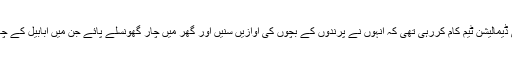
گھر کو گرانے کے لیے کسانوں کی ڈیمالیشن ٹیم کام کررہی تھی کہ انہوں نے پرندوں کے بچوں کی آوازیں سنیں اور گھر میں چار گھونسلے پائے جن میں ابابیل کے چار بچے اور سات انڈے موجود تھے۔